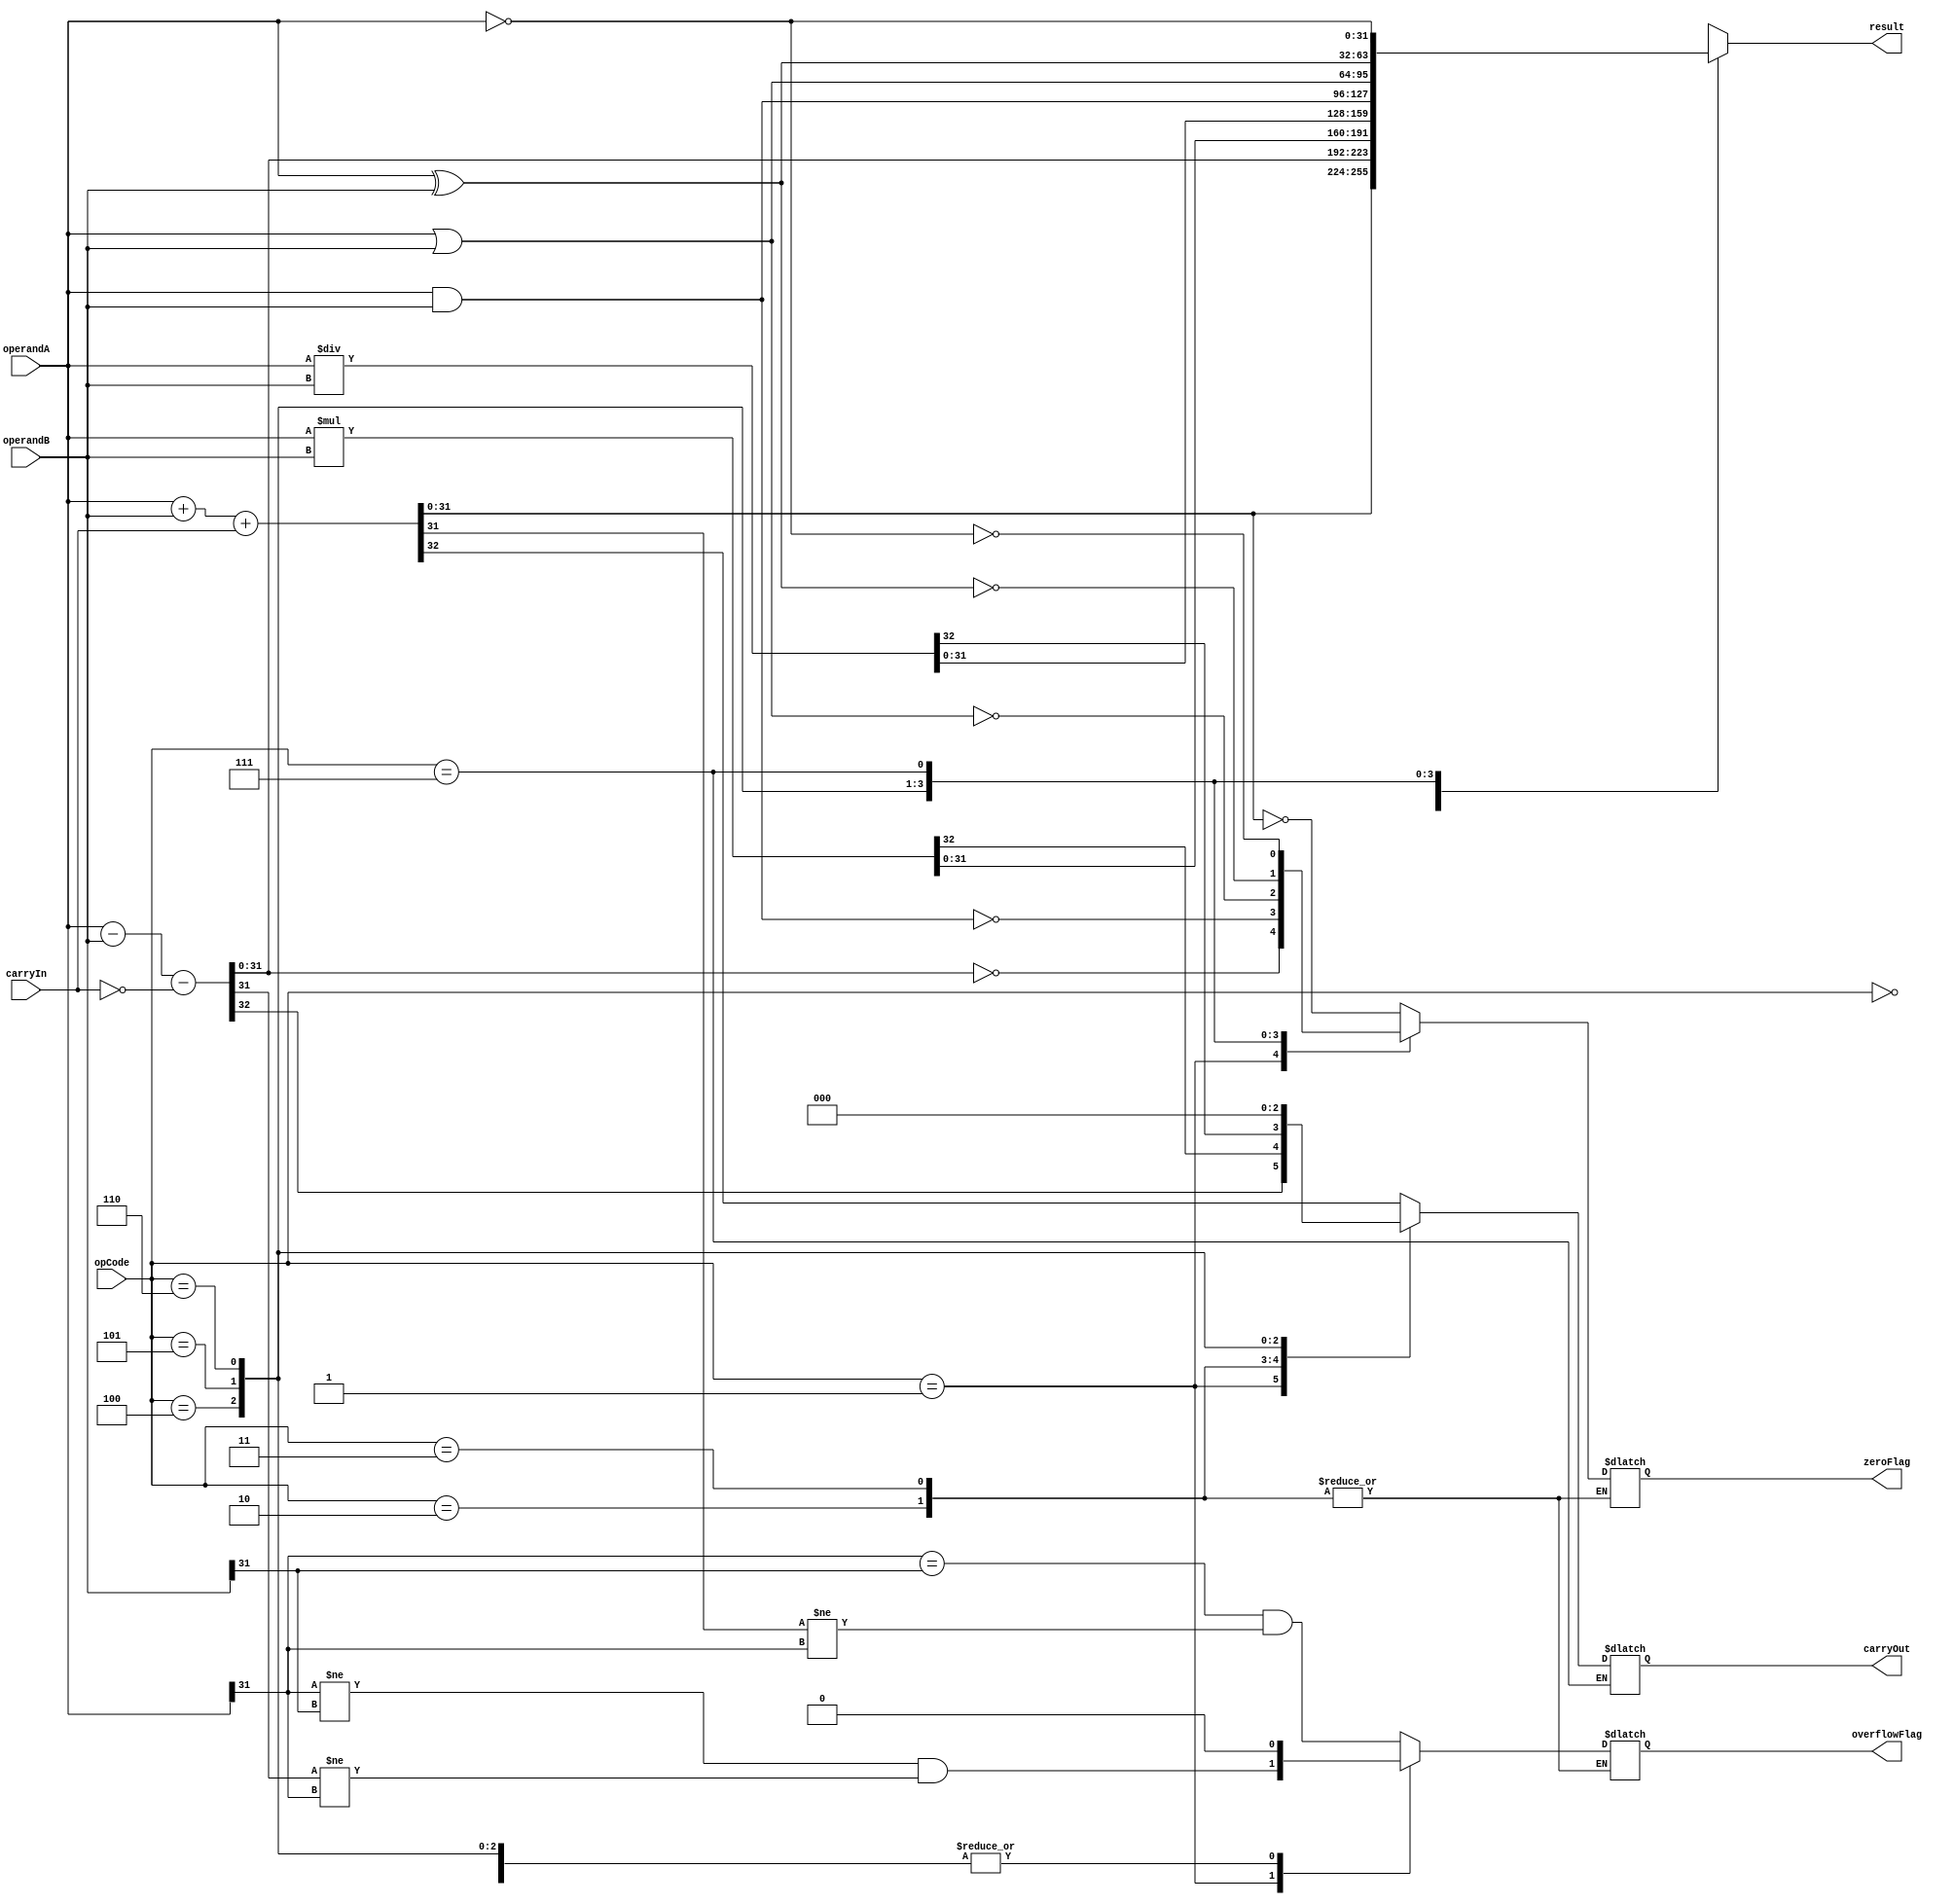
module ALU(
    input [31:0] operandA,
    input [31:0] operandB,
    input [2:0] opCode,
    input carryIn,
    output [31:0] result,
    output zeroFlag,
    output carryOut,
    output overflowFlag
);

reg [31:0] result;
reg carryOut, zeroFlag, overflowFlag;

always @(*)
begin
    case(opCode)
        3'b000: // addition
        begin
            {carryOut, result} = operandA + operandB + carryIn;
            zeroFlag = (result == 0);
            overflowFlag = (operandA[31] == operandB[31] && result[31] != operandA[31]);
        end
        
        3'b001: // subtraction
        begin
            {carryOut, result} = operandA - operandB - ~carryIn;
            zeroFlag = (result == 0);
            overflowFlag = (operandA[31] != operandB[31] && result[31] != operandA[31]);
        end
        
        3'b010: // multiplication
        begin
            {carryOut, result} = operandA * operandB;
        end
        
        3'b011: // division
        begin
            {carryOut, result} = operandA / operandB;
        end
        
        3'b100: // bitwise AND
        begin
            {carryOut, result} = operandA & operandB;
            zeroFlag = (result == 0);
            overflowFlag = 0;
        end
        
        3'b101: // bitwise OR
        begin
            {carryOut, result} = operandA | operandB;
            zeroFlag = (result == 0);
            overflowFlag = 0;
        end
        
        3'b110: // bitwise XOR
        begin
            {carryOut, result} = operandA ^ operandB;
            zeroFlag = (result == 0);
            overflowFlag = 0;
        end
        
        3'b111: // bitwise NOT
        begin
            result = ~operandA;
            zeroFlag = (result == 0);
            overflowFlag = 0;
        end
    endcase
end

endmodule